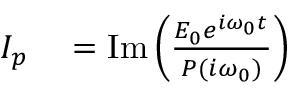
\begin{array} { r l } { I _ { p } } & { { } = \operatorname { I m } \left( { \frac { E _ { 0 } e ^ { i \omega _ { 0 } t } } { P ( i \omega _ { 0 } ) } } \right) } \end{array}